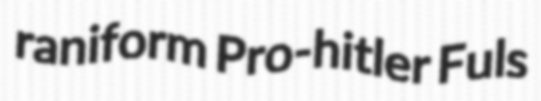
raniform Pro-hitler Fuls